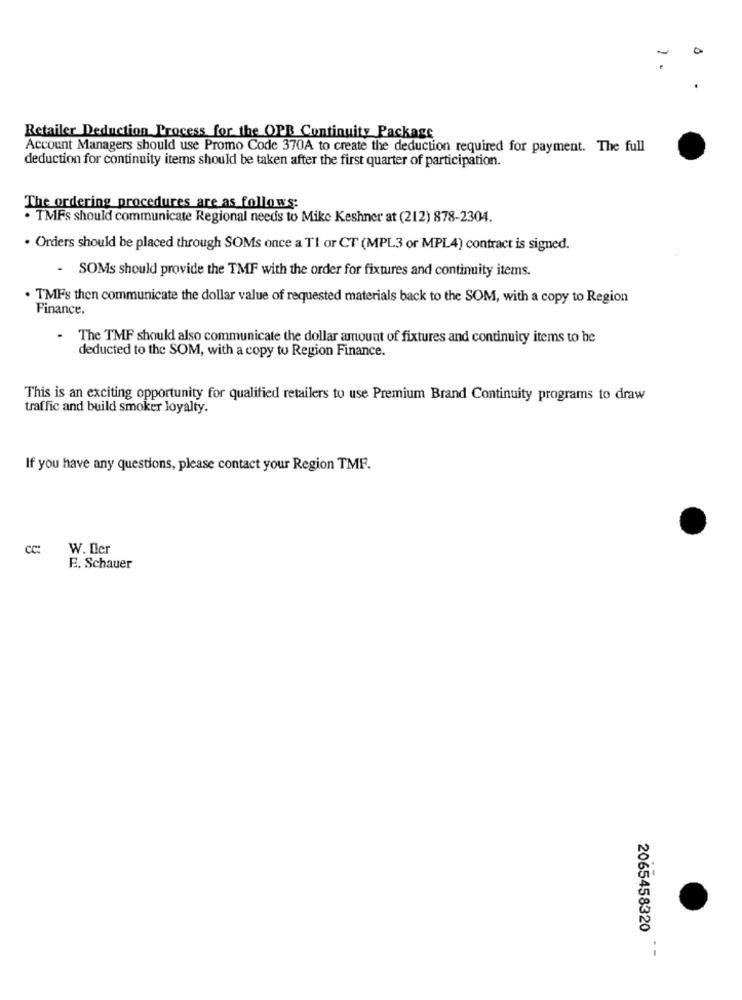
Retailer Deduction Process for the OPB Continuity Package
Account Managers should use Promo Code 370A to create the deduction required for payment. The full
deduction for continuity items should be taken after the first quarter of participation.
The ordering procedures are as follows:
. TMFs should communicate Regional needs to Mike Keshner at (212) 878-2304.
· Orders should be placed through SOMs once a TI or CT (MPL3 or MPL4) contract is signed.
- SOMs should provide the TMF with the order for fixtures and continuity items.
. TMFs then communicate the dollar value of requested materials back to the SOM, with a copy to Region
Finance.
The TMF shoukl also communicate the dollar amount of fixtures and continuity items to be
deducted to the SOM, with a copy to Region Finance.
This is an exciting opportunity for qualified retailers to use Premium Brand Continuity programs to draw
traffic and build smoker loyalty.
If you have any questions, please contact your Region TMF.
Cc:
W. Iler
E. Schauer
2065458320